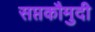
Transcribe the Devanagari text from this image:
सप्तकौमुदी